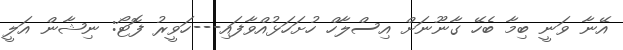
އޭނާ ވަނީ ބިމާ ބެހޭ ގާނޫނަށް އިސްލާހް ހުށަހަޅުއްވާފައި---ހަވީރު ފޮޓޯ: ނިޝާން އަލީ